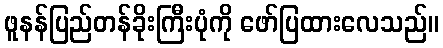
ဖူနန်ပြည်တန်ခိုးကြီးပုံကို ဖော်ပြထားလေသည်။